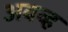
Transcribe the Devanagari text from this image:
अबव्ह